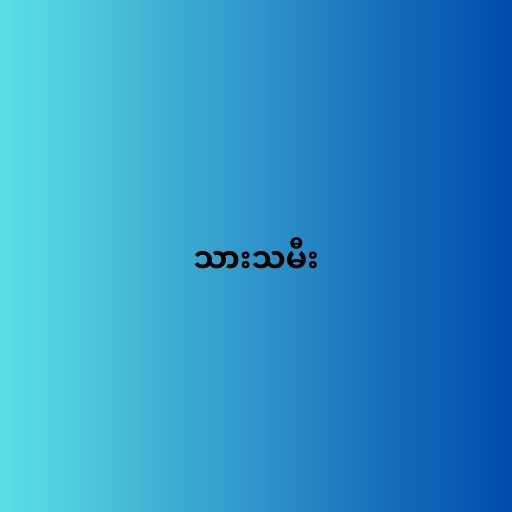
သားသမီး